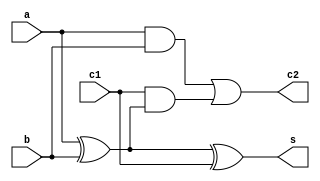
// This code uses dataflow modeling for full adder.

module full_adder(s,c2,a,b,c1);
    input a,b,c1;
    output s,c2;
    //for sum
    assign s = a^b^c1;
    assign c2 = (a&b) | c1&(a^b);
endmodule